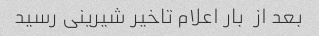
بعد از  بار اعلام تاخیر شیرینی رسید